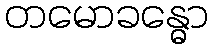
တမောခန္ဓော